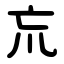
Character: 巟